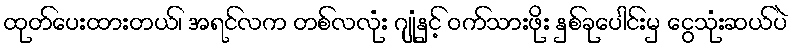
ထုတ်ပေးထားတယ်၊ အရင်လက တစ်လလုံး ဂျုံနှင့် ဝက်သားဖိုး နှစ်ခုပေါင်းမှ ငွေသုံးဆယ်ပဲ